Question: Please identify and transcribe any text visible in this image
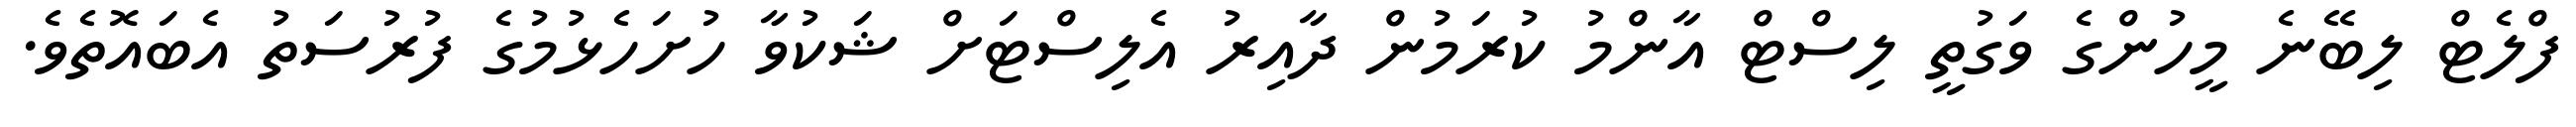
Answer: ފްލެޓް ލިބޭނެ މީހުންގެ ވަގުތީ ލިސްޓް އާންމު ކުރަމުން ދާއިރު އެލިސްޓަށް ޝަކުވާ ހުށަހެޅުމުގެ ފުރުސަތު އެބައޮތެވެ.